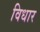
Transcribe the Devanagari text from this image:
विधार